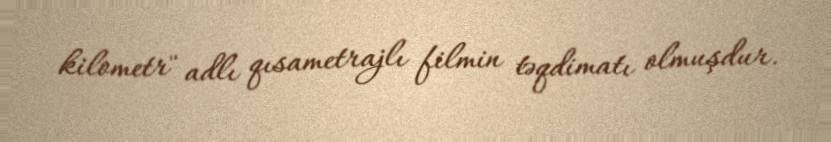
kilometr" adlı qısametrajlı filmin təqdimatı olmuşdur.